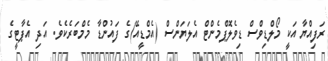
ރަފިއްޔާ އަކީ މޯލްޑިވްސް ޑިވެލޮޕްމެންޓް އެލަޔަންސް (އެމްޑީއޭ)ގެ ފައުންޑާ މެމްބަރެކެވެ. އަދި އެޕާޓީގެ